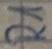
Text: R1